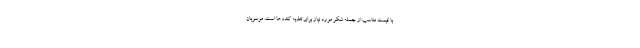
با قیمت مناسب از جمله شکر مورد نیاز برای تغذیه کندوها است. موسویان